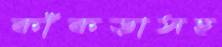
কাঁকড়াসহ